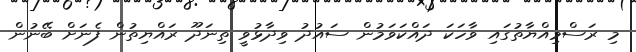
މި ރަސްމިއްޔާތުގައި ވާހަކަ ދައްކަވަމުން ސައުދު ވިދާޅުވީ ތިނަދޫ ރައްޔިތުން ފެނަށް ބޭނުން